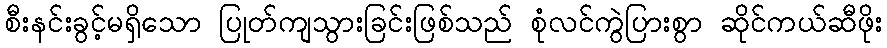
စီးနင်းခွင့်မရှိသော ပြုတ်ကျသွားခြင်းဖြစ်သည် စုံလင်ကွဲပြားစွာ ဆိုင်ကယ်ဆီဖိုး